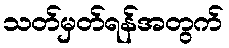
သတ်မှတ်ရန်အတွက်